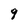
Character: 9